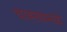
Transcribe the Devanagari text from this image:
चाह्त्यामध्ये